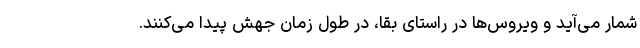
شمار می‌آید و ویروس‌ها در راستای بقا، در طول زمان جهش پیدا می‌کنند.